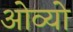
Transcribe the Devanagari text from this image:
ओव्यो